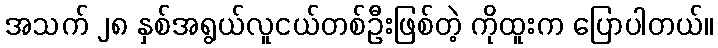
အသက် ၂၈ နှစ်အရွယ်လူငယ်တစ်ဦးဖြစ်တဲ့ ကိုထူးက ပြောပါတယ်။